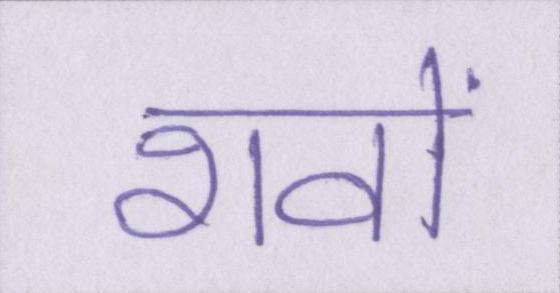
शवों